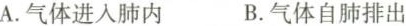
A.气体进入肺内 B.气体自肺排出